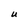
Character: U